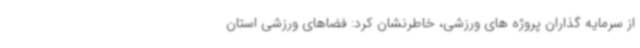
از سرمایه گذاران پروژه های ورزشی، خاطرنشان کرد: فضاهای ورزشی استان